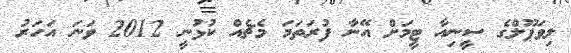
ލިވަޕޫލްގެ ސީނިއާ ޓީމަށް އޭނާ ފުރަތަމަ މެޗެއް ކުޅުނީ 2012 ވަނަ އަހަރު